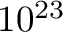
1 0 ^ { 2 3 }